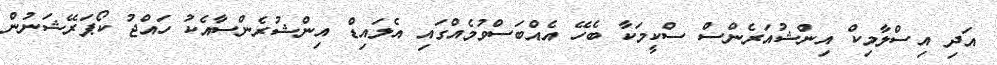
އަދި އިސްލާމިކް އިންޝުއަރެންސް ސްކީމަކާ ބެހޭ އެއްބަސްވުމެއްގައި އެލައިޑް އިންޝުރެންސާއެކު ހައްޖު ކޯޕަރޭޝަނުން